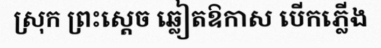
ស្រុក ព្រះស្តេច ឆ្លៀតឱកាស បើកភ្លើង